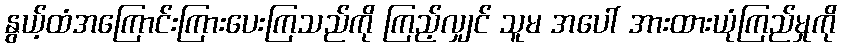
နွယ့်ထံအကြောင်းကြားပေးကြသည်ကို ကြည့်လျှင် သူမ အပေါ် အားထားယုံကြည်မှုကို